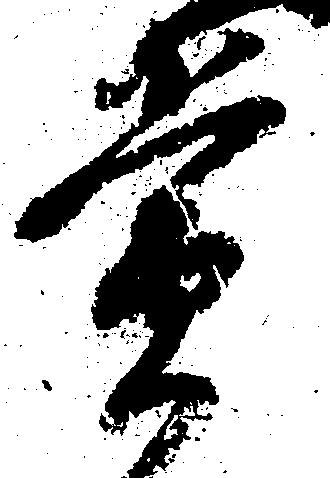
賞